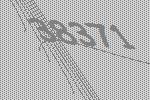
38371